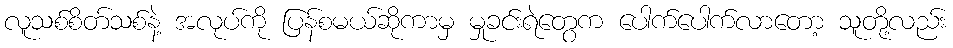
လူသစ်စိတ်သစ်နဲ့ အလုပ်ကို ပြန်စမယ်ဆိုကာမှ မှုခင်းရဲတွေက ပေါက်ပေါက်လာတော့ သူတို့လည်း